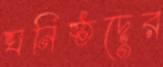
ঘনিষ্ঠদের